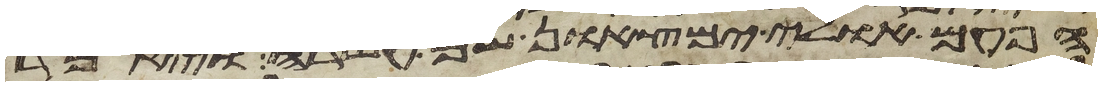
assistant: הפעם אולי ימצאון שם עשרה ויאמר